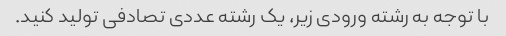
با توجه به رشته ورودی زیر، یک رشته عددی تصادفی تولید کنید.